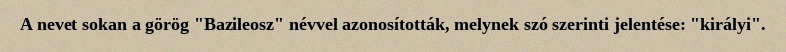
A nevet sokan a görög "Bazileosz" névvel azonosították, melynek szó szerinti jelentése: "királyi".